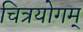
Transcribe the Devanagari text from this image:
चित्रयोगम्